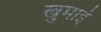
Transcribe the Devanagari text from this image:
खुमाई